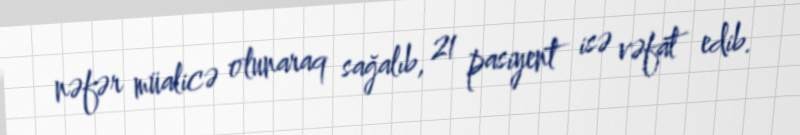
nəfər müalicə olunaraq sağalıb, 21 pasiyent isə vəfat edib.